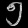
Digit: ၅